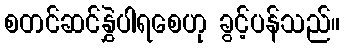
စတင်ဆင်နွှဲပါရစေဟု ခွင့်ပန်သည်။